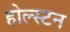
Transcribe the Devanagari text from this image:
होल्स्टन